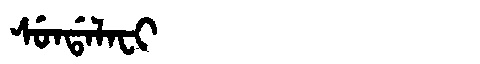
Manchu: ᠰᡠᠨᡩᠠᠯᠠᠸᡳ
Romanization: SUNDALAFI